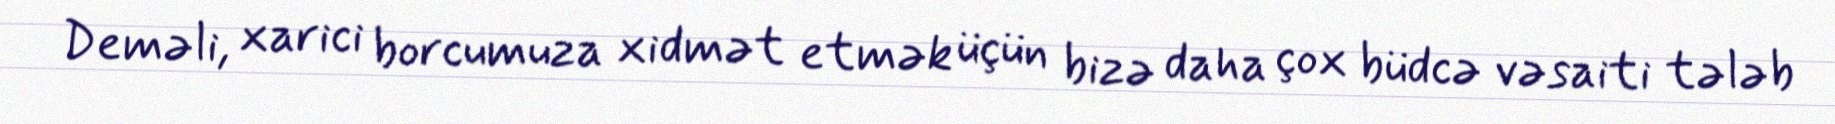
Deməli, xarici borcumuza xidmət etmək üçün bizə daha çox büdcə vəsaiti tələb